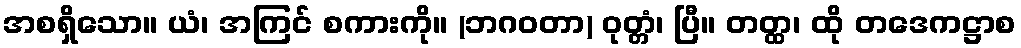
အစရှိသော။ ယံ၊ အကြင် စကားကို။ (ဘဂဝတာ) ဝုတ္တံ၊ ပြီ။ တတ္ထ၊ ထို တဒေကဋ္ဌာစ